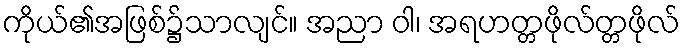
ကိုယ်၏အဖြစ်၌သာလျင်။ အညာ ဝါ၊ အရဟတ္တဖိုလ်တ္တဖိုလ်